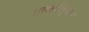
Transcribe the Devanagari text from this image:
ताकदीनुसार